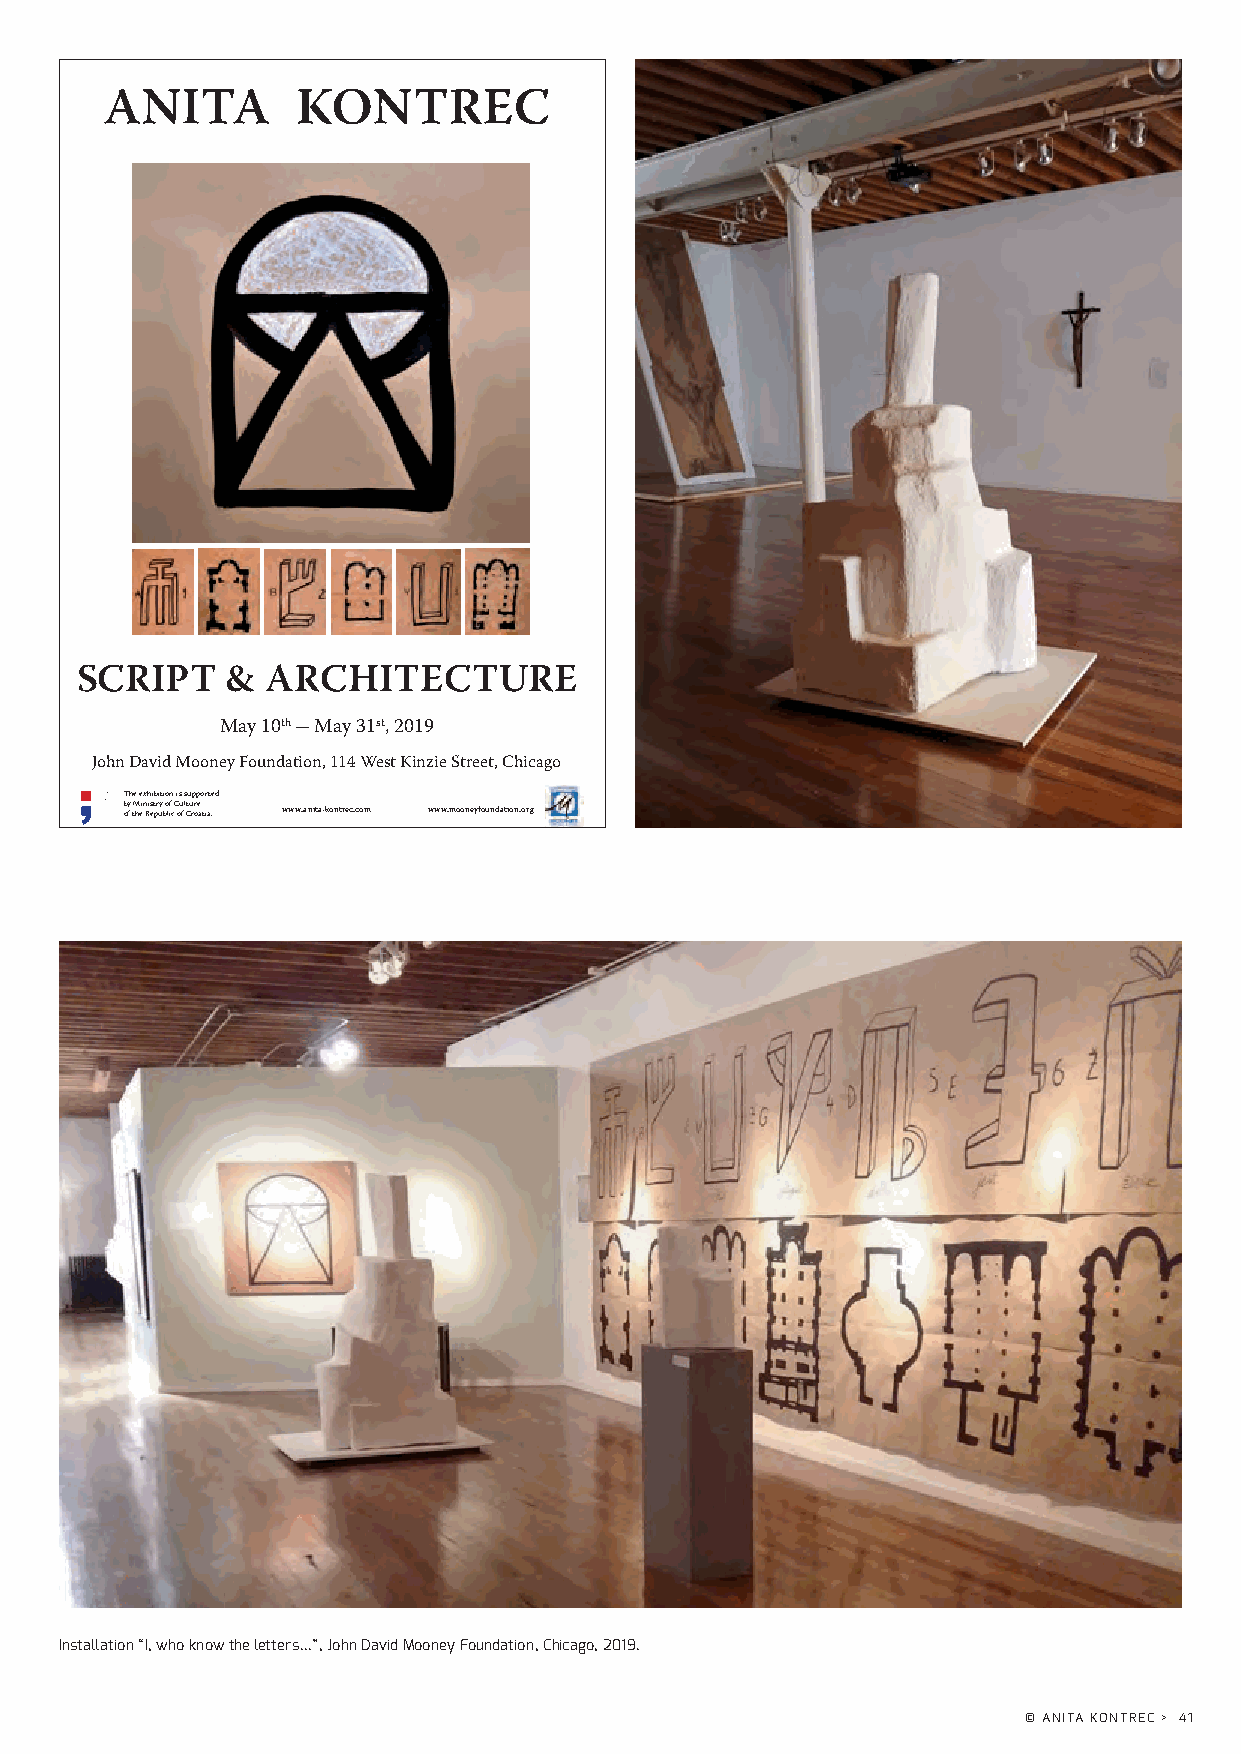
ANITA        KONTREC
 SCRIPT    &  ARCHITECTURE
 May 10th - May 31st, 2019
 John David Mooney Foundation, 114 West Kinzie Street, Chicago
 The exhibition is supported
 b ofy tM hei n Ri est pr uy b o lif c C ou f l Ctu rore a t ia. www.anita-kontrec.com www.mooneyfoundation.org
 Installation “I, who know the letters...”, John David Mooney Foundation, Chicago, 2019.
 © ANITA KONTREC > 41